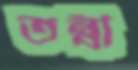
তন্বী